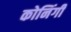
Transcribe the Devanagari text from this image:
कोनिंगी